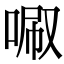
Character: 𠴪